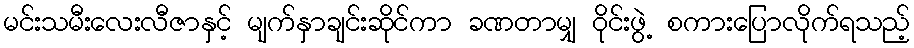
မင်းသမီးလေးလီဇာနှင့် မျက်နှာချင်းဆိုင်ကာ ခဏတာမျှ ဝိုင်းဖွဲ့ စကားပြောလိုက်ရသည့်